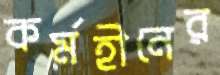
কর্মহীনের